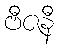
ဗီဇနီ